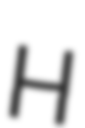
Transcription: H